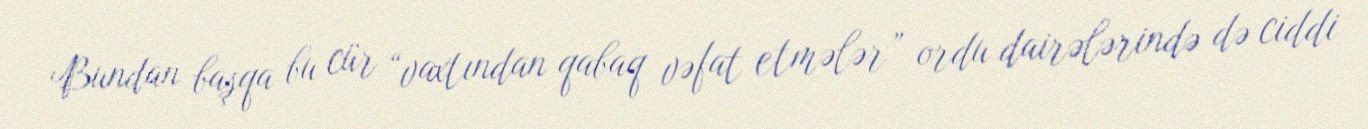
Bundan başqa bu cür “vaxtından qabaq vəfat etmələr” ordu dairələrində də ciddi